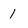
Character: 1